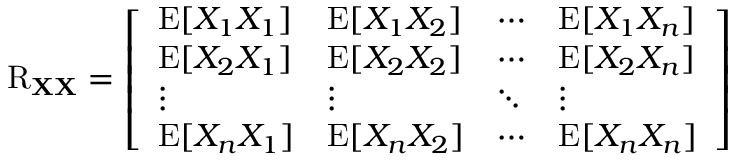
\operatorname { R } _ { \mathbf { X } \mathbf { X } } = { \left[ \begin{array} { l l l l } { \operatorname { E } [ X _ { 1 } X _ { 1 } ] } & { \operatorname { E } [ X _ { 1 } X _ { 2 } ] } & { \cdots } & { \operatorname { E } [ X _ { 1 } X _ { n } ] } \\ { \operatorname { E } [ X _ { 2 } X _ { 1 } ] } & { \operatorname { E } [ X _ { 2 } X _ { 2 } ] } & { \cdots } & { \operatorname { E } [ X _ { 2 } X _ { n } ] } \\ { \vdots } & { \vdots } & { \ddots } & { \vdots } \\ { \operatorname { E } [ X _ { n } X _ { 1 } ] } & { \operatorname { E } [ X _ { n } X _ { 2 } ] } & { \cdots } & { \operatorname { E } [ X _ { n } X _ { n } ] } \end{array} \right] }